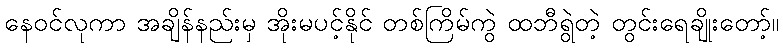
နေဝင်လုကာ အချိန်နည်းမှ အိုးမပင့်နိုင် တစ်ကြိမ်ကွဲ ထဘီရွဲတဲ့ တွင်းရေချိုးတော့်။